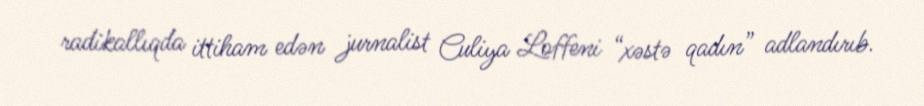
radikallıqda ittiham edən jurnalist Culiya Loffeni “xəstə qadın” adlandırıb.